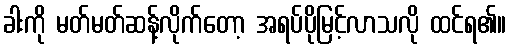
ခါးကို မတ်မတ်ဆန့်လိုက်တော့ အရပ်ပိုမြင့်လာသလို ထင်ရ၏။